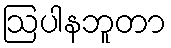
ဩပါနဘူတာ